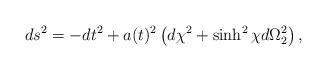
LaTeX: \begin{align*}ds^2=-dt^2+a(t)^2\left(d\chi^2+\sinh^2 \chi d\Omega_2^2 \right),\end{align*}